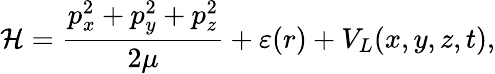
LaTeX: {\cal H}=\frac{p_{x}^{2}+p_{y}^{2}+p_{z}^{2}}{2\mu}+\varepsilon(r)+V_{L}(x,y,z,t),